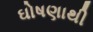
ઘોષણાથી